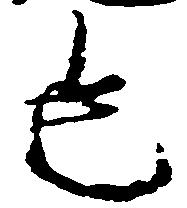
也